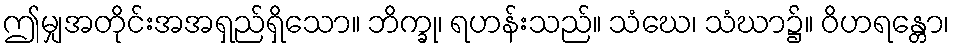
ဤမျှအတိုင်းအအရှည်ရှိသော။ ဘိက္ခု၊ ရဟန်းသည်။ သံဃေ၊ သံဃာ၌။ ဝိဟရန္တော၊